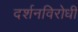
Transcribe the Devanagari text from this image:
दर्शनविरोधी